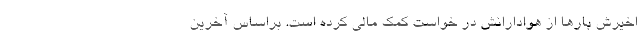
اخیرش بارها از هوادارانش در خواست کمک مالی کرده است. براساس آخرین